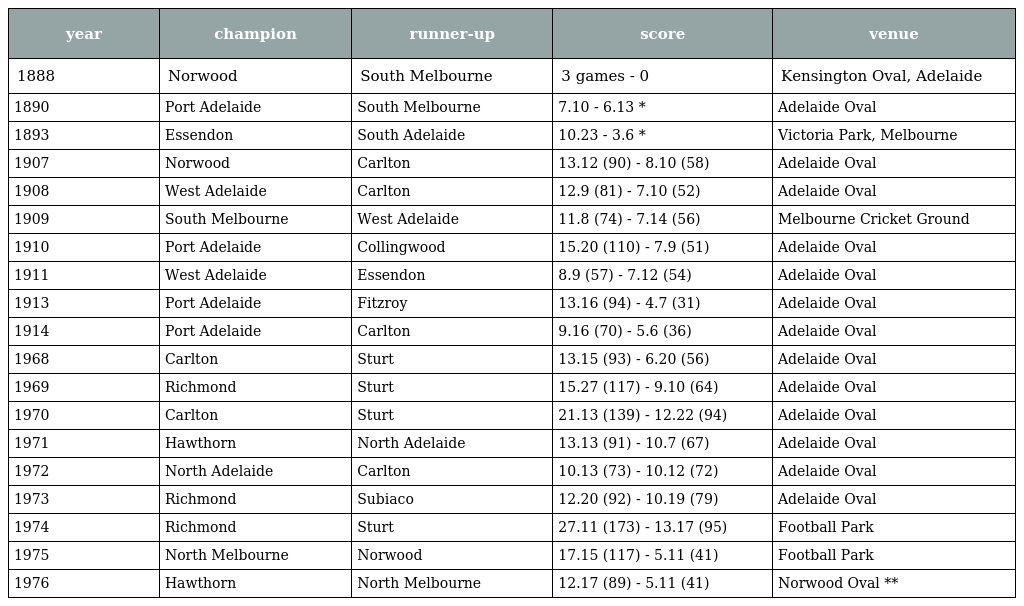
| year | champion | runner-up | score | venue |
 | --- | --- | --- | --- | --- |
 | 1888 | Norwood | South Melbourne | 3 games - 0 | Kensington Oval, Adelaide |
 | 1890 | Port Adelaide | South Melbourne | 7.10 - 6.13 * | Adelaide Oval |
 | 1893 | Essendon | South Adelaide | 10.23 - 3.6 * | Victoria Park, Melbourne |
 | 1907 | Norwood | Carlton | 13.12 (90) - 8.10 (58) | Adelaide Oval |
 | 1908 | West Adelaide | Carlton | 12.9 (81) - 7.10 (52) | Adelaide Oval |
 | 1909 | South Melbourne | West Adelaide | 11.8 (74) - 7.14 (56) | Melbourne Cricket Ground |
 | 1910 | Port Adelaide | Collingwood | 15.20 (110) - 7.9 (51) | Adelaide Oval |
 | 1911 | West Adelaide | Essendon | 8.9 (57) - 7.12 (54) | Adelaide Oval |
 | 1913 | Port Adelaide | Fitzroy | 13.16 (94) - 4.7 (31) | Adelaide Oval |
 | 1914 | Port Adelaide | Carlton | 9.16 (70) - 5.6 (36) | Adelaide Oval |
 | 1968 | Carlton | Sturt | 13.15 (93) - 6.20 (56) | Adelaide Oval |
 | 1969 | Richmond | Sturt | 15.27 (117) - 9.10 (64) | Adelaide Oval |
 | 1970 | Carlton | Sturt | 21.13 (139) - 12.22 (94) | Adelaide Oval |
 | 1971 | Hawthorn | North Adelaide | 13.13 (91) - 10.7 (67) | Adelaide Oval |
 | 1972 | North Adelaide | Carlton | 10.13 (73) - 10.12 (72) | Adelaide Oval |
 | 1973 | Richmond | Subiaco | 12.20 (92) - 10.19 (79) | Adelaide Oval |
 | 1974 | Richmond | Sturt | 27.11 (173) - 13.17 (95) | Football Park |
 | 1975 | North Melbourne | Norwood | 17.15 (117) - 5.11 (41) | Football Park |
 | 1976 | Hawthorn | North Melbourne | 12.17 (89) - 5.11 (41) | Norwood Oval ** |